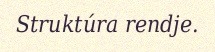
Struktúra rendje.